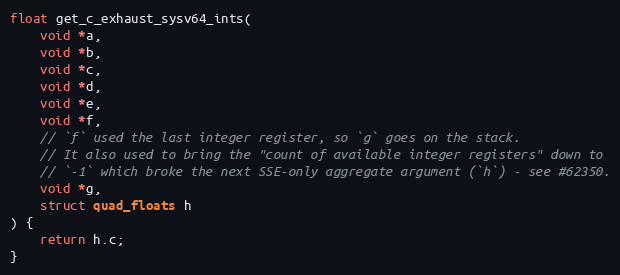
Language: C
float get_c_exhaust_sysv64_ints(
    void *a,
    void *b,
    void *c,
    void *d,
    void *e,
    void *f,
    // `f` used the last integer register, so `g` goes on the stack.
    // It also used to bring the "count of available integer registers" down to
    // `-1` which broke the next SSE-only aggregate argument (`h`) - see #62350.
    void *g,
    struct quad_floats h
) {
    return h.c;
}